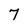
Character: 7